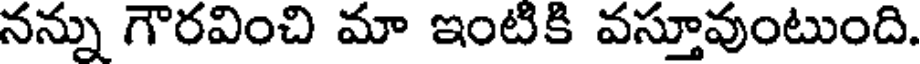
నన్ను గౌరవించి మా ఇంటికి వస్తూవుంటుంది.